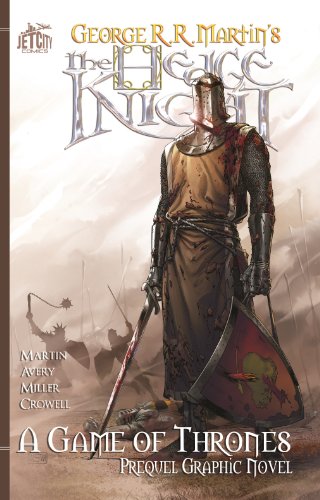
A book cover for The Hedge Knight: The Graphic Novel (A Game of Thrones); George R. R. Martin; Comics & Graphic Novels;